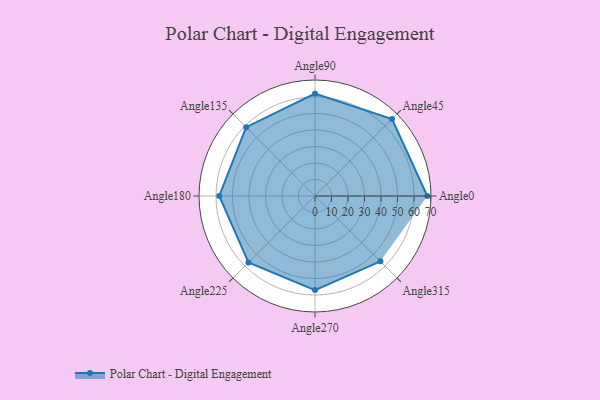
{"axis": {"x": "Angle", "y": "Radius"}, "legend": [""], "data": [{"x": "Angle0", "y": 68.0, "type": ""}, {"x": "Angle45", "y": 66.0, "type": ""}, {"x": "Angle90", "y": 62.0, "type": ""}, {"x": "Angle135", "y": 59.0, "type": ""}, {"x": "Angle180", "y": 58.0, "type": ""}, {"x": "Angle225", "y": 57.0, "type": ""}, {"x": "Angle270", "y": 57.0, "type": ""}, {"x": "Angle315", "y": 56.0, "type": ""}]}